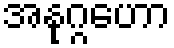
အနုဂ္ဂဟော